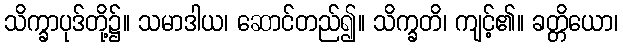
သိက္ခာပုဒ်တို့၌။ သမာဒါယ၊ ဆောင်တည်၍။ သိက္ခတိ၊ ကျင့်၏။ ခတ္တိယော၊